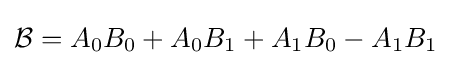
{\mathcal {B}}=A_{0}B_{0}+A_{0}B_{1}+A_{1}B_{0}-A_{1}B_{1}